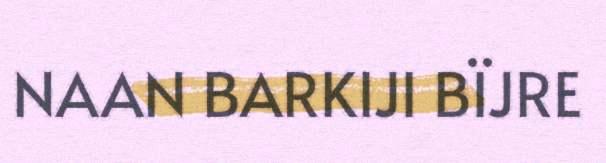
NAAN BARKIJI BÏJRE